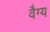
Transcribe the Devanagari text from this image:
वैग्य